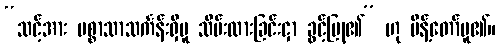
“သင့်အား ပစ္စာသာသင်္ကန်းရှိမူ သိမ်းထားခြင်းငှာ ခွင့်ပြု၏” ဟု မိန့်တော်မူ၏။